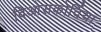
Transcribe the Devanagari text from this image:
दिओसकोर्दिया